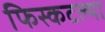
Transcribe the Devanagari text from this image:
फिस्कटल्या